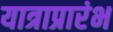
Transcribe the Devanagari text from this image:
यात्राप्रारंभ